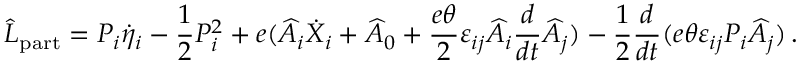
\widehat { L } _ { \mathrm { p a r t } } = { \cal P } _ { i } \dot { \eta } _ { i } - \frac { 1 } { 2 } { \cal P } _ { i } ^ { 2 } + e ( \widehat { A } _ { i } \dot { X } _ { i } + \widehat { A } _ { 0 } + \frac { e \theta } { 2 } \varepsilon _ { i j } \widehat { A } _ { i } \frac { d } { d t } \widehat { A } _ { j } ) - \frac { 1 } { 2 } \frac { d } { d t } ( e \theta \varepsilon _ { i j } { \cal P } _ { i } \widehat { A } _ { j } ) \, .